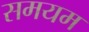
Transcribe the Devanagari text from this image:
समयम